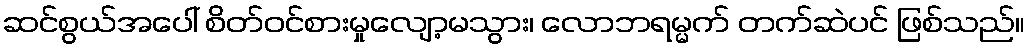
ဆင်စွယ်အပေါ် စိတ်ဝင်စားမှုလျော့မသွား၊ လောဘရမ္မက် တက်ဆဲပင် ဖြစ်သည်။